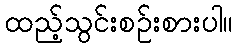
ထည့်သွင်းစဉ်းစားပါ။